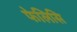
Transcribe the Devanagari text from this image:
फेलिसि